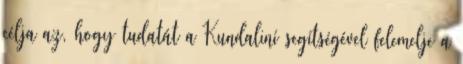
célja az, hogy tudatát a Kundaliní segítségével felemelje a